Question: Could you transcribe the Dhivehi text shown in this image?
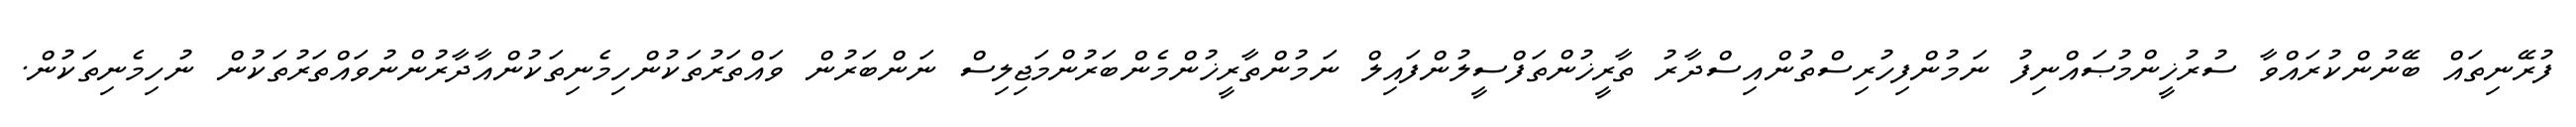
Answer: ފުރޭނިތައް ބޭނުންކުރައްވާ ސުރުޚީންމުޞައްނިފު ނަމުންފިހުރިސްތުންއިސްދާރު ތާރީޚުންތަފްސީލުންފައިލް ނަމުންތާރީޚުންމެންބަރުންމަޖިލިސް ނަންބަރުން ވައްތަރުތަކުންހިމެނިތަކުންއާދާރުންނުވައްތަރުތަކުން ނުހިމެނިތަކުން.